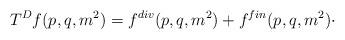
LaTeX: \begin{align*}T^{D}f(p,q,m^{2})=f^{div}(p,q,m^{2})+f^{fin}(p,q,m^{2})\cdot \end{align*}